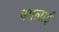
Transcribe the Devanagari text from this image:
पगलाई